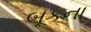
બૂકના